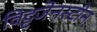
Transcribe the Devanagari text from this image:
विट्टजेनस्टीन